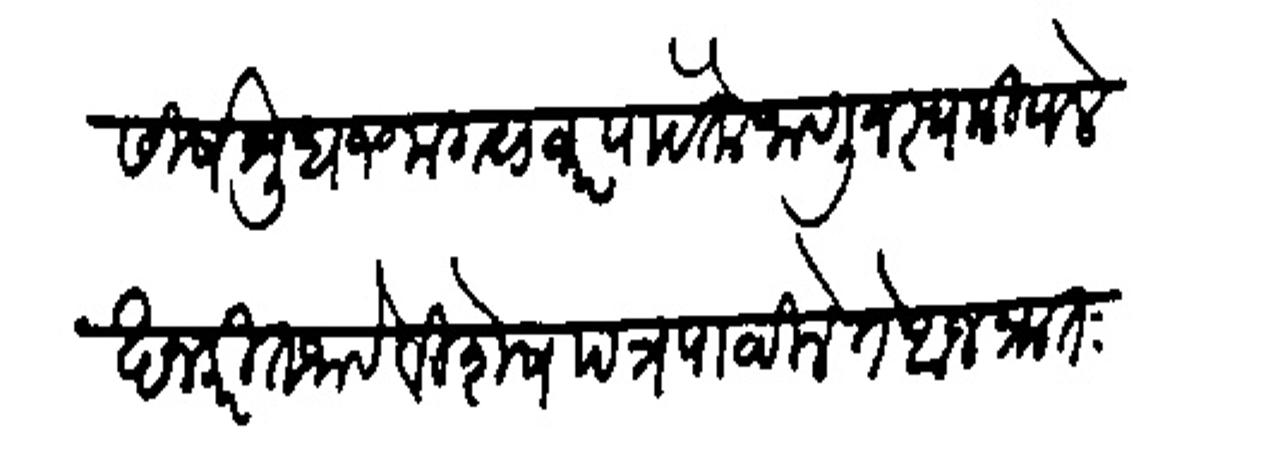
Transliteration (Devanagari): मार्गसीर्ष शुध १० मगळवारपावेतो जाणून स्वकीय लेखान करीत जावे विशेष पत्र पाठविले ते आज प्रातःकाली